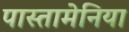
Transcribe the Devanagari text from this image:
पास्तामेनिया